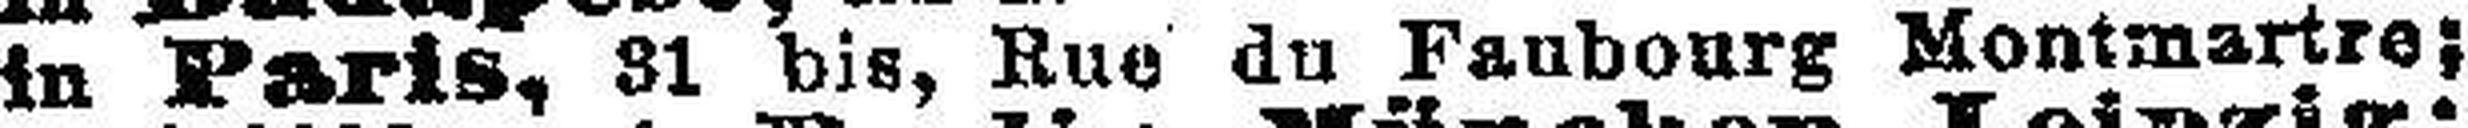
in Paris, 81 bis, Rue du Faubourg Montmartre;